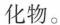
化物。